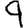
Digit: 9